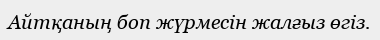
Айтқаның боп жүрмесін жалғыз өгіз.